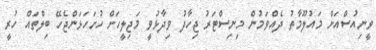
ވީނިއުސްއަށް މައުލޫމާތު ދެއްވަމުން މިނިސްޓަރު ޖިހާދު ވިދާޅުވީ މަޖިލީހަށް ހުށަހަޅަންޖެހޭ ބިލްތައް ހުރީ